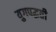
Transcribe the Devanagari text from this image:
युगपद्धती